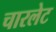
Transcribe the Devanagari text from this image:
चारलेट